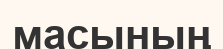
масының